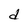
Character: d